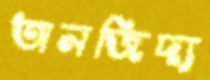
তানজিদ্য